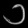
Digit: ၁